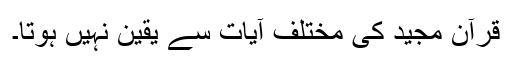
قرآن مجید کی مختلف آیات سے یقین نہیں ہوتا۔